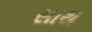
સાથ